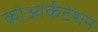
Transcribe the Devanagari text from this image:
कोआर्कटेशन